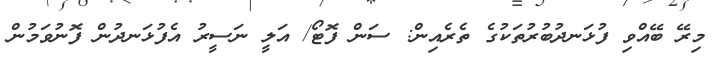
މިރޭ ބޭއްވި ފުޅަނދުބުރުތަކުގެ ތެރެއިން: ސަން ފޮޓޯ/ އަލީ ނަސީރު އެފުޅަނދުން ފޮނުވަމުން